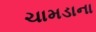
ચામડાના